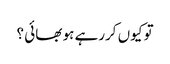
تو کیوں کررہے ہو بھائی ؟